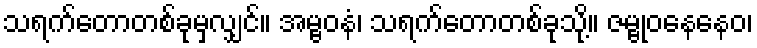
သရက်တောတစ်ခုမှလျှင်။ အမ္ဗဝနံ၊ သရက်တောတစ်ခုသို့။ ဇမ္ဗုဝနေနေဝ၊